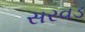
સરવડ